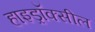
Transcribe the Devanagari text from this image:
हाइड्रॉक्सील